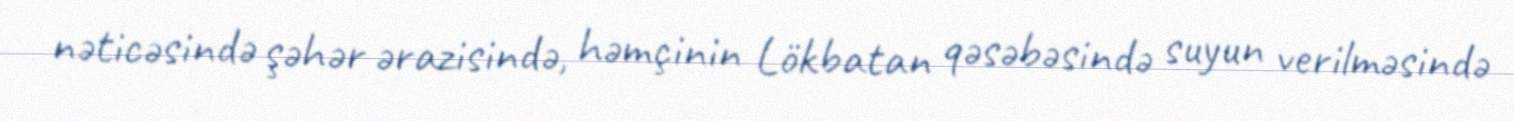
nəticəsində şəhər ərazisində, həmçinin Lökbatan qəsəbəsində suyun verilməsində